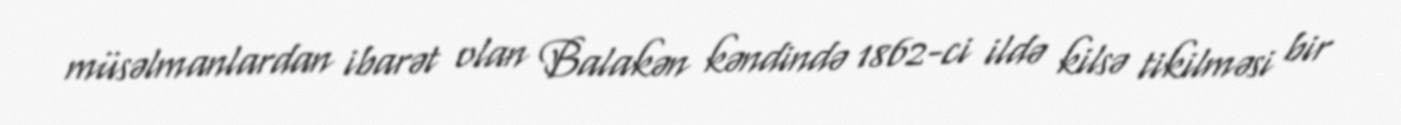
müsəlmanlardan ibarət olan Balakən kəndində 1862-ci ildə kilsə tikilməsi bir